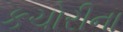
કચોરીના